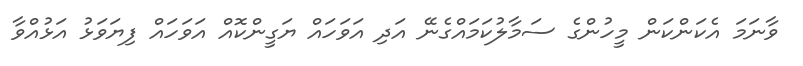
ވާނަމަ އެކަންކަން މީހުންގެ ސަމާލުކަމައްގެނޭ އަދި އަވަހައް ޔަގީންކޮއް އަވަހައް ފިޔަވަޅު އަޅުއްވާ